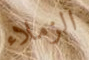
الزملاء